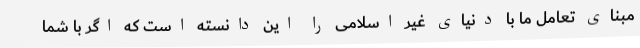
مبنای تعامل ما با دنیای غیر اسلامی را این دانسته است که اگر با شما